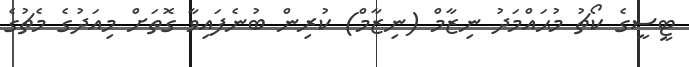
ޓީސީގެ ކޯޗު މުޙައްމަދު ނިޒާމް (ނިޒާމް) ކުރިން ބުނެފައިވާ ގޮތަށް މިއަދުގެ މެޗުގެ